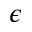
\epsilon